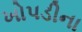
ખોપડીના